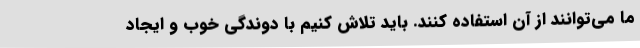
ما می‌توانند از آن استفاده کنند. باید تلاش کنیم با دوندگی خوب و ایجاد